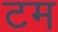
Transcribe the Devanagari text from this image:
टम